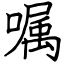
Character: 嘱